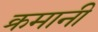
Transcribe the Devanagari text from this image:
क्रमानी